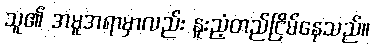
သူ၏ အမူအရာမှာလည်း နူးညံ့တည်ငြိမ်နေသည်။